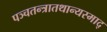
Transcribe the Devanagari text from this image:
पञ्चतन्त्रातथान्यस्माद्